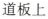
道板上